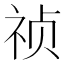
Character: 祯